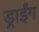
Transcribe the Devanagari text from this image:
ड्राईंग